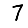
Digit: 7